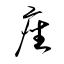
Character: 座